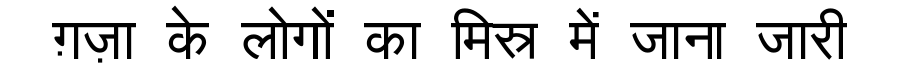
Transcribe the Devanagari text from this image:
ग़ज़ा के लोगों का मिस्र में जाना जारी